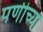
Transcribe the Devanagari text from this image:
पणीच्या